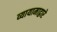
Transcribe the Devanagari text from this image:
व्यायामाद्वारे